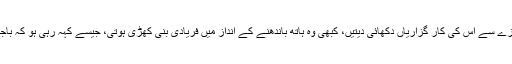
دن بھر کچن اور بیک یارڈ کے بیچ شیشے کے دروازے سے اس کی کار گزاریاں دکھائی دیتیں، کبھی وہ ہاتھ باندھنے کے انداز میں فریادی بنی کھڑی ہوتی، جیسے کہہ رہی ہو کہ باجی دو دن سے کچھ نہیں کھایا کچھ کھانے کو دے دو۔